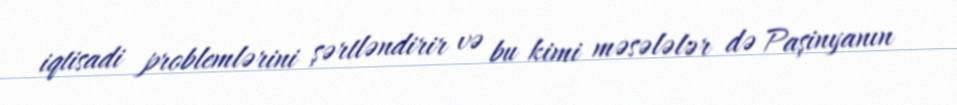
iqtisadi problemlərini şərtləndirir və bu kimi məsələlər də Paşinyanın